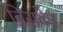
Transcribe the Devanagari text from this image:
ब्रिसवेन